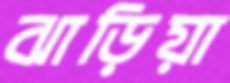
ঝাড়িয়া